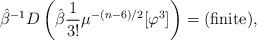
LaTeX: \begin{align*}\hat{\beta}^{-1}D\left( \hat{\beta}{\frac{1}{3!}}\mu ^{-(n-6)/2}[\varphi^{3}]\right) =({\rm finite}),\end{align*}